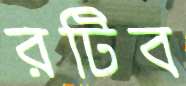
রটিব